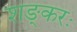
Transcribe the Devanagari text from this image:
शङ्करः